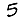
Digit: 5